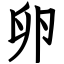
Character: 卵